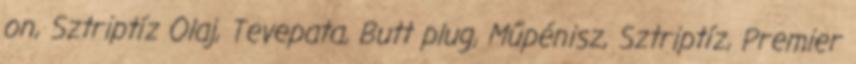
on, Sztriptíz Olaj, Tevepata, Butt plug, Műpénisz, Sztriptíz, Premier